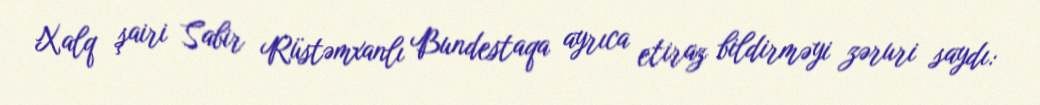
Xalq şairi Sabir Rüstəmxanlı Bundestaqa ayrıca etiraz bildirməyi zəruri saydı: